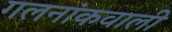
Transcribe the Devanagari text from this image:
गलनांकवाली